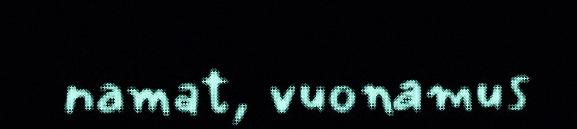
namat, vuonamus